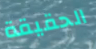
الحقيقة